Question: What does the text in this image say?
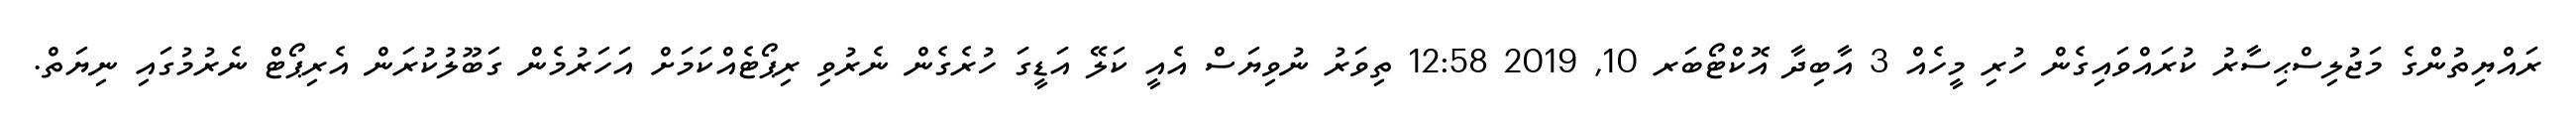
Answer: ރައްޔިތުންގެ މަޖުލިސްޙިސާރު ކުރައްވައިގެން ހުރި މީހެއް 3 އާބިދާ އޮކްޓޯބަރ 10, 2019 12:58 ތިވަރު ނުވިޔަސް އެއީ ކަލޭ އަޑީގަ ހުރެގެން ނެރުވި ރިޕޯޓެއްކަމަށް އަހަރުމެން ގަބޫލުކުރަން އެރިޕޯޓް ނެރުމުގައި ނިޔަތް.